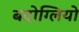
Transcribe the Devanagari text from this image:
बदोग्लियो